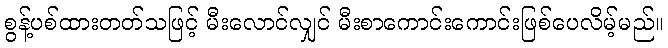
စွန့်ပစ်ထားတတ်သဖြင့် မီးလောင်လျှင် မီးစာကောင်းကောင်းဖြစ်ပေလိမ့်မည်။